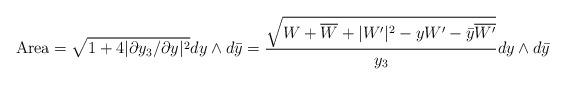
LaTeX: \begin{align*}\mbox{Area}=\sqrt{1+4|\partial y_3/\partial y|^2}dy\wedge d\bar{y}={\sqrt{W+\overline{W}+|W'|^2- y W'-\bar{y}\overline{W'}}\over y_3}dy\wedge d\bar{y}\end{align*}